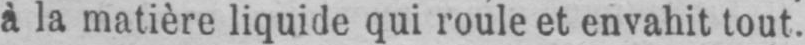
à la matière liquide qui roule et envahit tout.